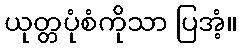
ယုတ္တပုံစံကိုသာ ပြအံ့။